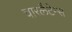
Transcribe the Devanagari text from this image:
चारलैटेन्स